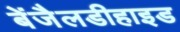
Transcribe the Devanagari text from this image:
बेंजैलडीहाइड